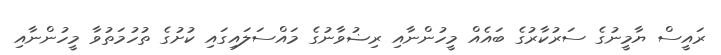
ރައީސް ޔާމީނުގެ ސަރުކާރުގެ ބައެއް މީހުންނާއި ރިޟުވާނުގެ މައްސަލައިގައި ކުށުގެ ތުހުމަތުވާ މީހުންނާއި